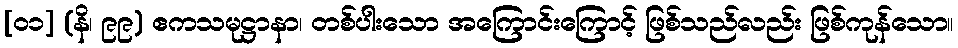
[၀၁] (နိ၊ ၉၉) ဧကသမုဋ္ဌာနာ၊ တစ်ပါးသော အကြောင်းကြောင့် ဖြစ်သည်လည်း ဖြစ်ကုန်သော။